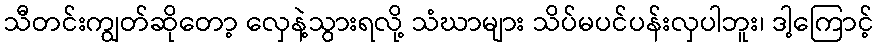
သီတင်းကျွတ်ဆိုတော့ လှေနဲ့သွားရလို့ သံဃာများ သိပ်မပင်ပန်းလှပါဘူး၊ ဒါ့ကြောင့်